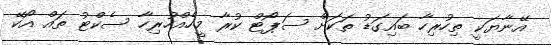
އޭނާޔަކީ ތިހުރިހާ ބައިގަޑު ތަކަށް ސަޕޯޓް ކުރާ މީހެއްހުރިހާ ސެކްޓު ތައް އޯކޭ